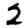
Digit: 2